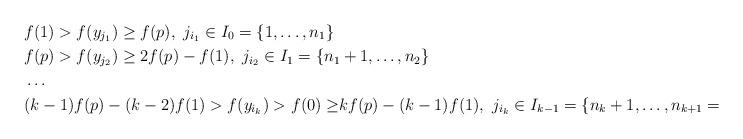
LaTeX: \begin{align*}&f(1)>f(y_{j_1}) \geq f(p), \ j_{i_1}\in I_0=\{1,\dots, n_1\}\\&f(p)>f(y_{j_{2}})\geq 2f(p)-f(1), \ j_{i_2}\in I_1=\{n_1+1,\dots, n_2\}\\&\dots\\&(k-1)f(p)-(k-2)f(1)>f(y_{i_k})>{f(0)\geq} kf(p)-(k-1)f(1), \ j_{i_k}\in I_{k-1}=\{n_k+1,\dots, n_{k+1}=N\}.\end{align*}